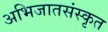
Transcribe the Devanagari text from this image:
अभिजातसंस्कृत